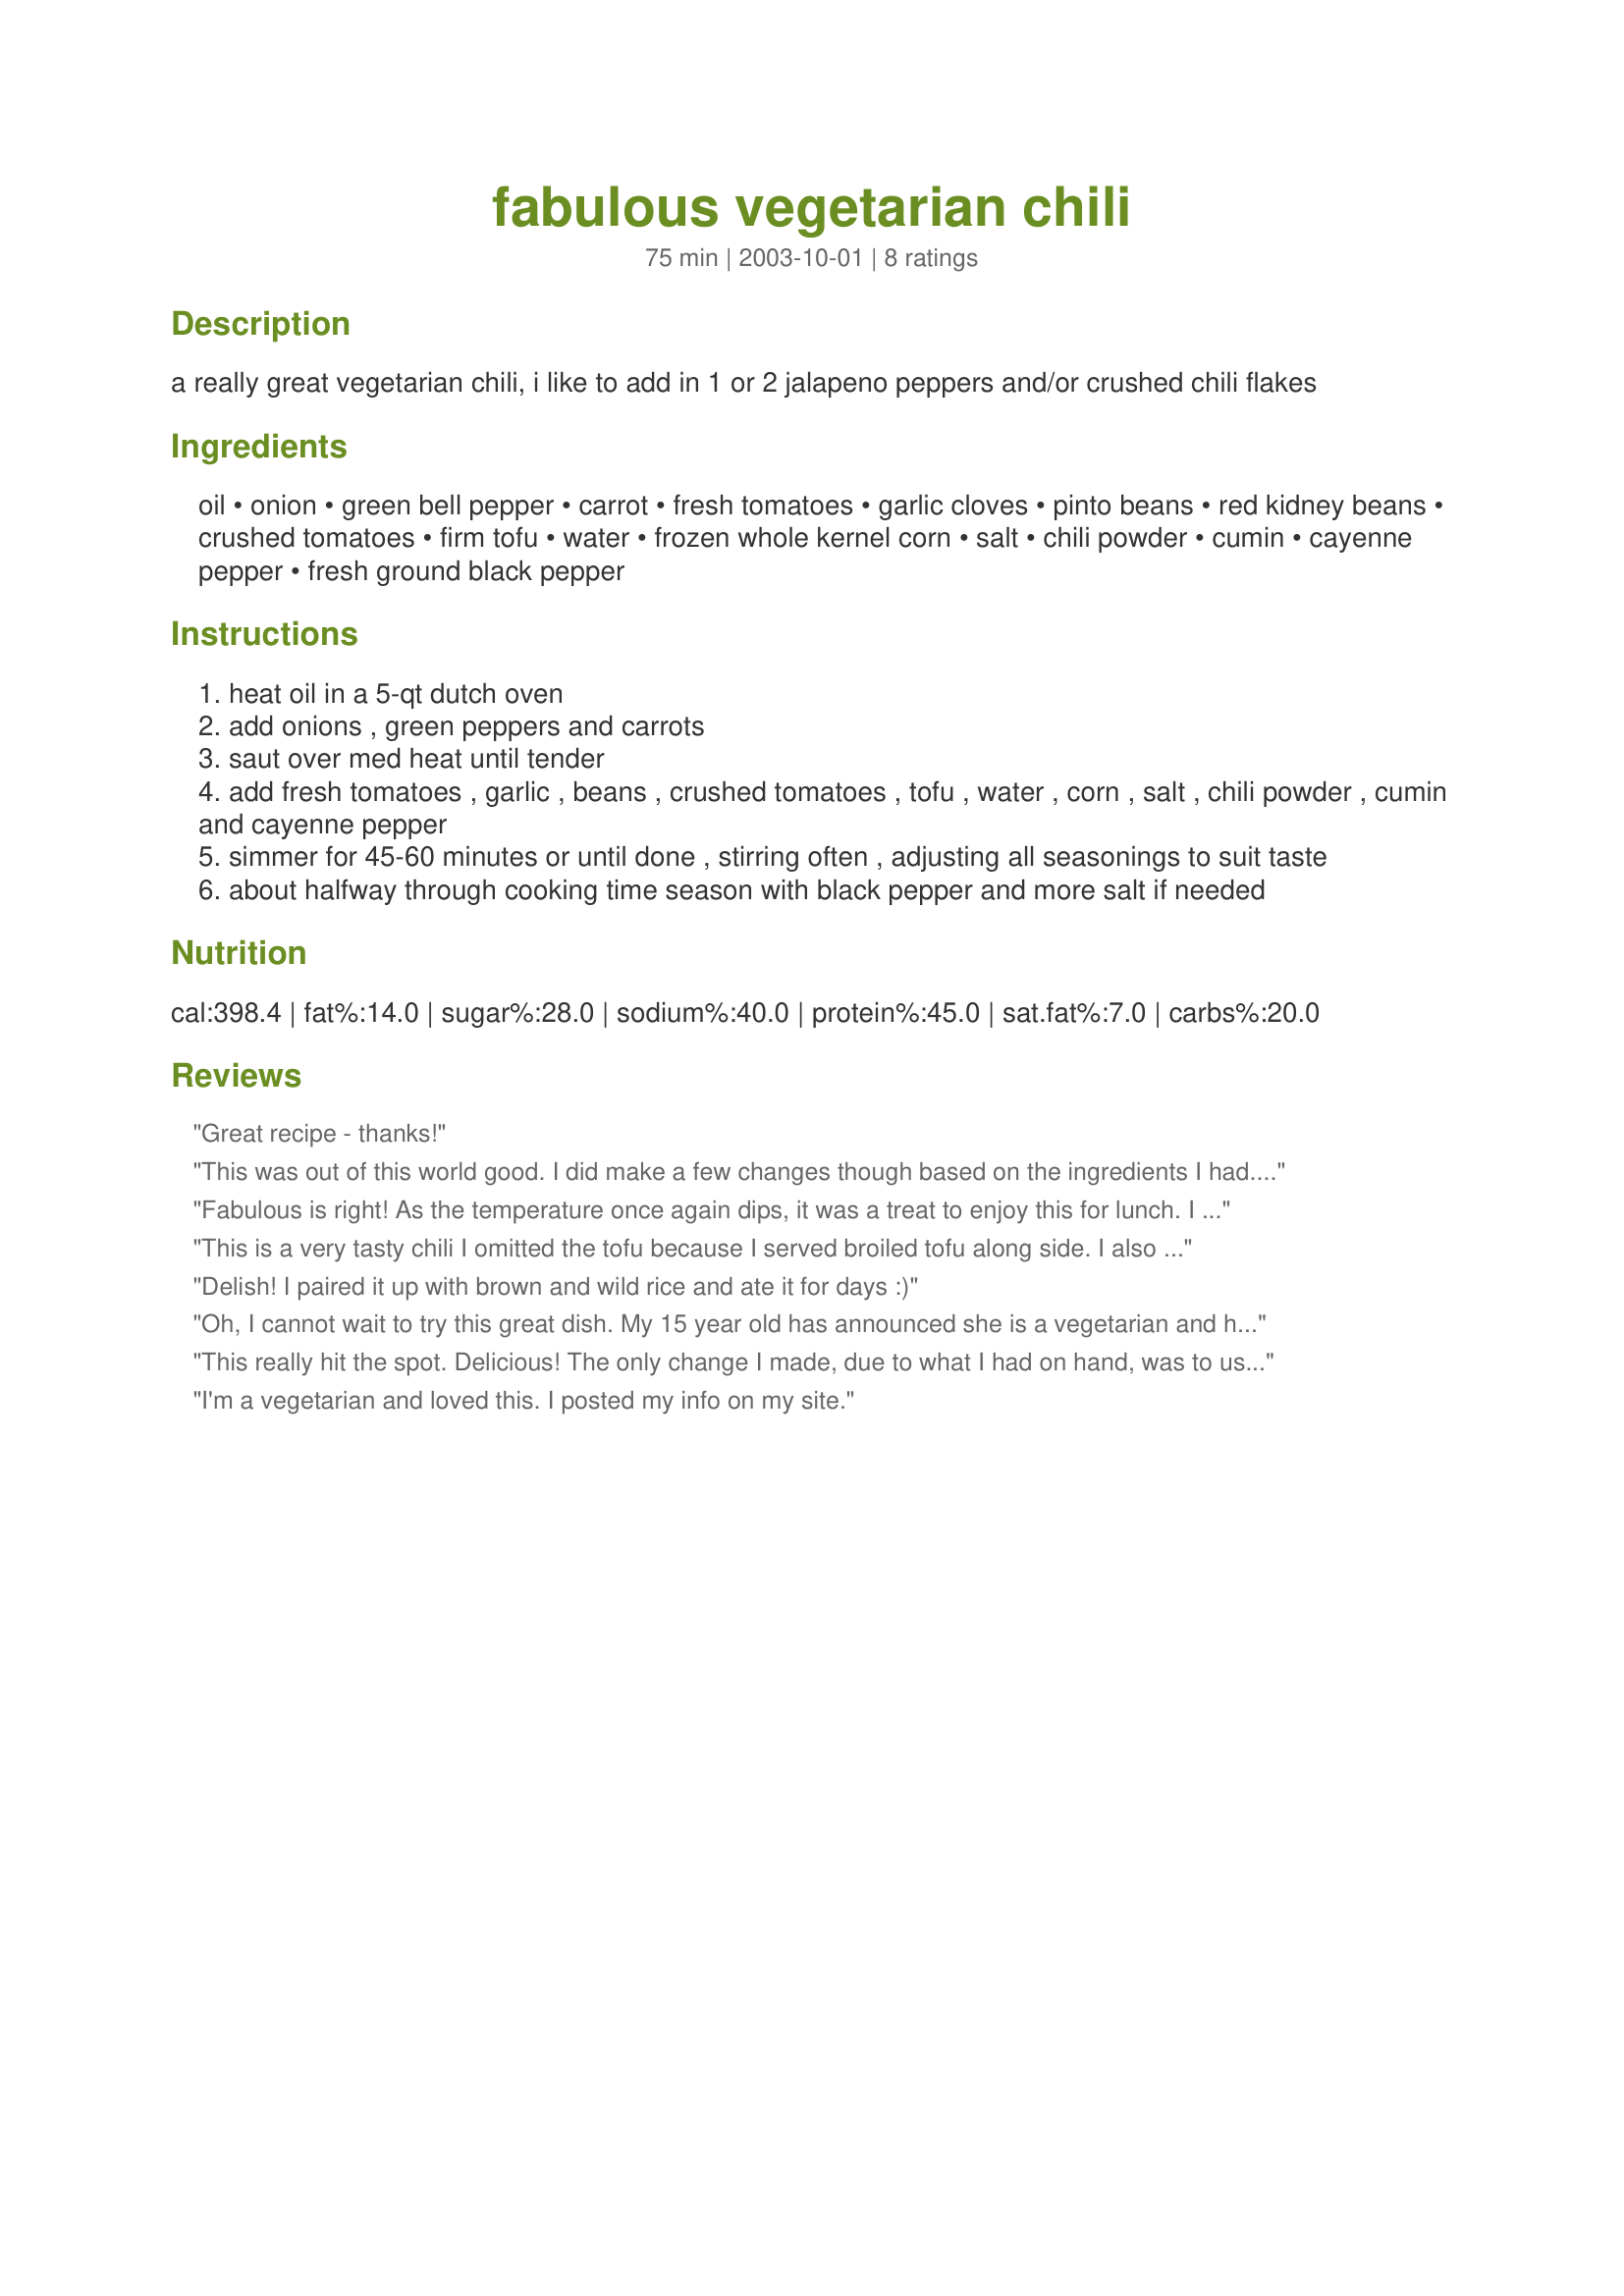
fabulous vegetarian chili
Preparation time: 75 minutes

a really great vegetarian chili, i like to add in 1 or 2 jalapeno peppers and/or crushed chili flakes

Ingredients:
oil, onion, green bell pepper, carrot, fresh tomatoes, garlic cloves, pinto beans, red kidney beans, crushed tomatoes, firm tofu, water, frozen whole kernel corn, salt, chili powder, cumin, cayenne pepper, fresh ground black pepper

Steps:
heat oil in a 5-qt dutch oven
add onions , green peppers and carrots
saut over med heat until tender
add fresh tomatoes , garlic , beans , crushed tomatoes , tofu , water , corn , salt , chili powder , cumin and cayenne pepper
simmer for 45-60 minutes or until done , stirring often , adjusting all seasonings to suit taste
about halfway through cooking time season with black pepper and more salt if needed

Reviews:
Great recipe - thanks!
This was out of this world good. I did make a few changes though based on the ingredients I had. I used 1/4 cup of cauliflower florets, left out the corn, and used black beans and pink beans. I served it with a dollop of low-fat sour cream and a bit of shredded mexican cheese. It was so amazing I could have cried. Yum! Every recipe Kittencal posts is really the best of the best, I am not sure how he does it every time. Make this chili with his cornbread and you'll see what I mean.
Fabulous is right! As the temperature once again dips, it was a treat to enjoy this for lunch. I did make two small modifications that I don't think affected the final outcome. As usual, I cooked the onions, peppers and carrots in a bit of vegetable broth which made this very lowfat. My other change, out of necessity. Realized I only had one cup of fresh chopped tomatoes and decided to add a can of Rotel instead. In volume, a 10 ounce can was a cup plus 1 or 2 tablespoons, it was a good proximate and it added a nice kick. To compensate, I initially omitted the cayenne during the first 25 minutes of cooking then added to taste. The chili itself had a great flavor all of which was absorbed by the tofu, and the vegetables blended nicely without becoming soggy or wilty. Yummy.
This is a very tasty chili I omitted the tofu because I served broiled tofu along side. I also served the chili on an omelet. It was so delicious. Thanks Kitten for another do again recipe
Delish! I paired it up with brown and wild rice and ate it for days :)
Oh, I cannot wait to try this great dish. My 15 year old has announced she is a vegetarian and has stop the meat. I am teaching her (try to anyways, she is a teenager you know) to find yummy dishes with lots of goodness. We look forward to trying this this weekend! Thanks for the great reviews! I'll get back with you on the final taste test.
This really hit the spot. Delicious! The only change I made, due to what I had on hand, was to use canned diced tomatoes in place of the ground tomatoes and fresh tomatoes. DD even ate it even though she doesn't care for chili and I ate too much. Thanks for sharing.
I'm a vegetarian and loved this. I posted my info on my site.
